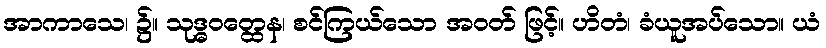
အာကာသေ၊ ၌။ သုဒ္ဓဝတ္ထေန၊ စင်ကြယ်သော အဝတ် ဖြင့်။ ဟိတံ၊ ခံယူအပ်သော။ ယံ